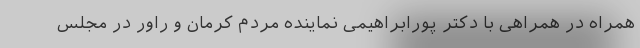
همراه در همراهی با دکتر پورابراهیمی نماینده مردم کرمان و راور در مجلس